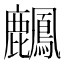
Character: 𪋴